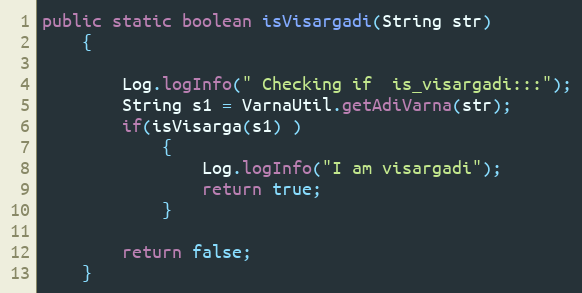
Language: Java
public static boolean isVisargadi(String str)
	{

		Log.logInfo(" Checking if  is_visargadi:::");
		String s1 = VarnaUtil.getAdiVarna(str);
		if(isVisarga(s1) )
			{
				Log.logInfo("I am visargadi");
				return true;
			}

		return false;
	}